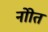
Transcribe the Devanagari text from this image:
नोाेत